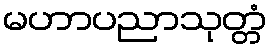
မဟာပညာသုတ္တံ